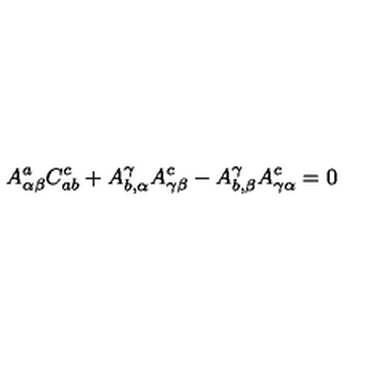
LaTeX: A _ { \alpha \beta } ^ { a } C _ { a b } ^ { c } + A _ { b , \alpha } ^ { \gamma } A _ { \gamma \beta } ^ { c } - A _ { b , \beta } ^ { \gamma } A _ { \gamma \alpha } ^ { c } = 0